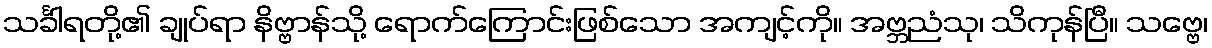
သင်္ခါရတို့၏ ချုပ်ရာ နိဗ္ဗာန်သို့ ရောက်ကြောင်းဖြစ်သော အကျင့်ကို။ အဗ္ဘညံသု၊ သိကုန်ပြီ။ သဗ္ဗေ၊